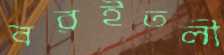
বরইতলী